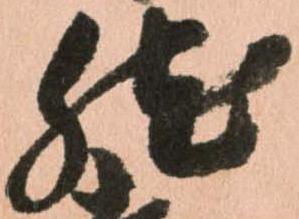
然